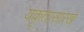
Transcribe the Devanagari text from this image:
यकृतासारखे